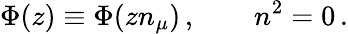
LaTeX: \Phi(z)\equiv\Phi(zn_{\mu})\, ,\qquad n^{2}=0\, .